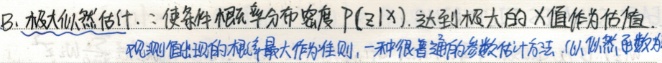
B. 极大似然估计：使条件概率分布密度 \(P(z|x)\) 达到极大的 \(x\) 值作为估值，以观测值出现的概率最大作为准则，一种很普通的参数估计方法，似然函数为